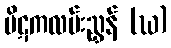
ပိဋကလမ်းညွှန် (ဃ)